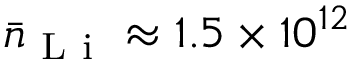
\bar { n } _ { \mathrm { ~ L ~ i ~ } } \approx 1 . 5 \times 1 0 ^ { 1 2 }